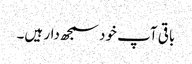
باقی آپ خود سمجھ دار ہیں۔